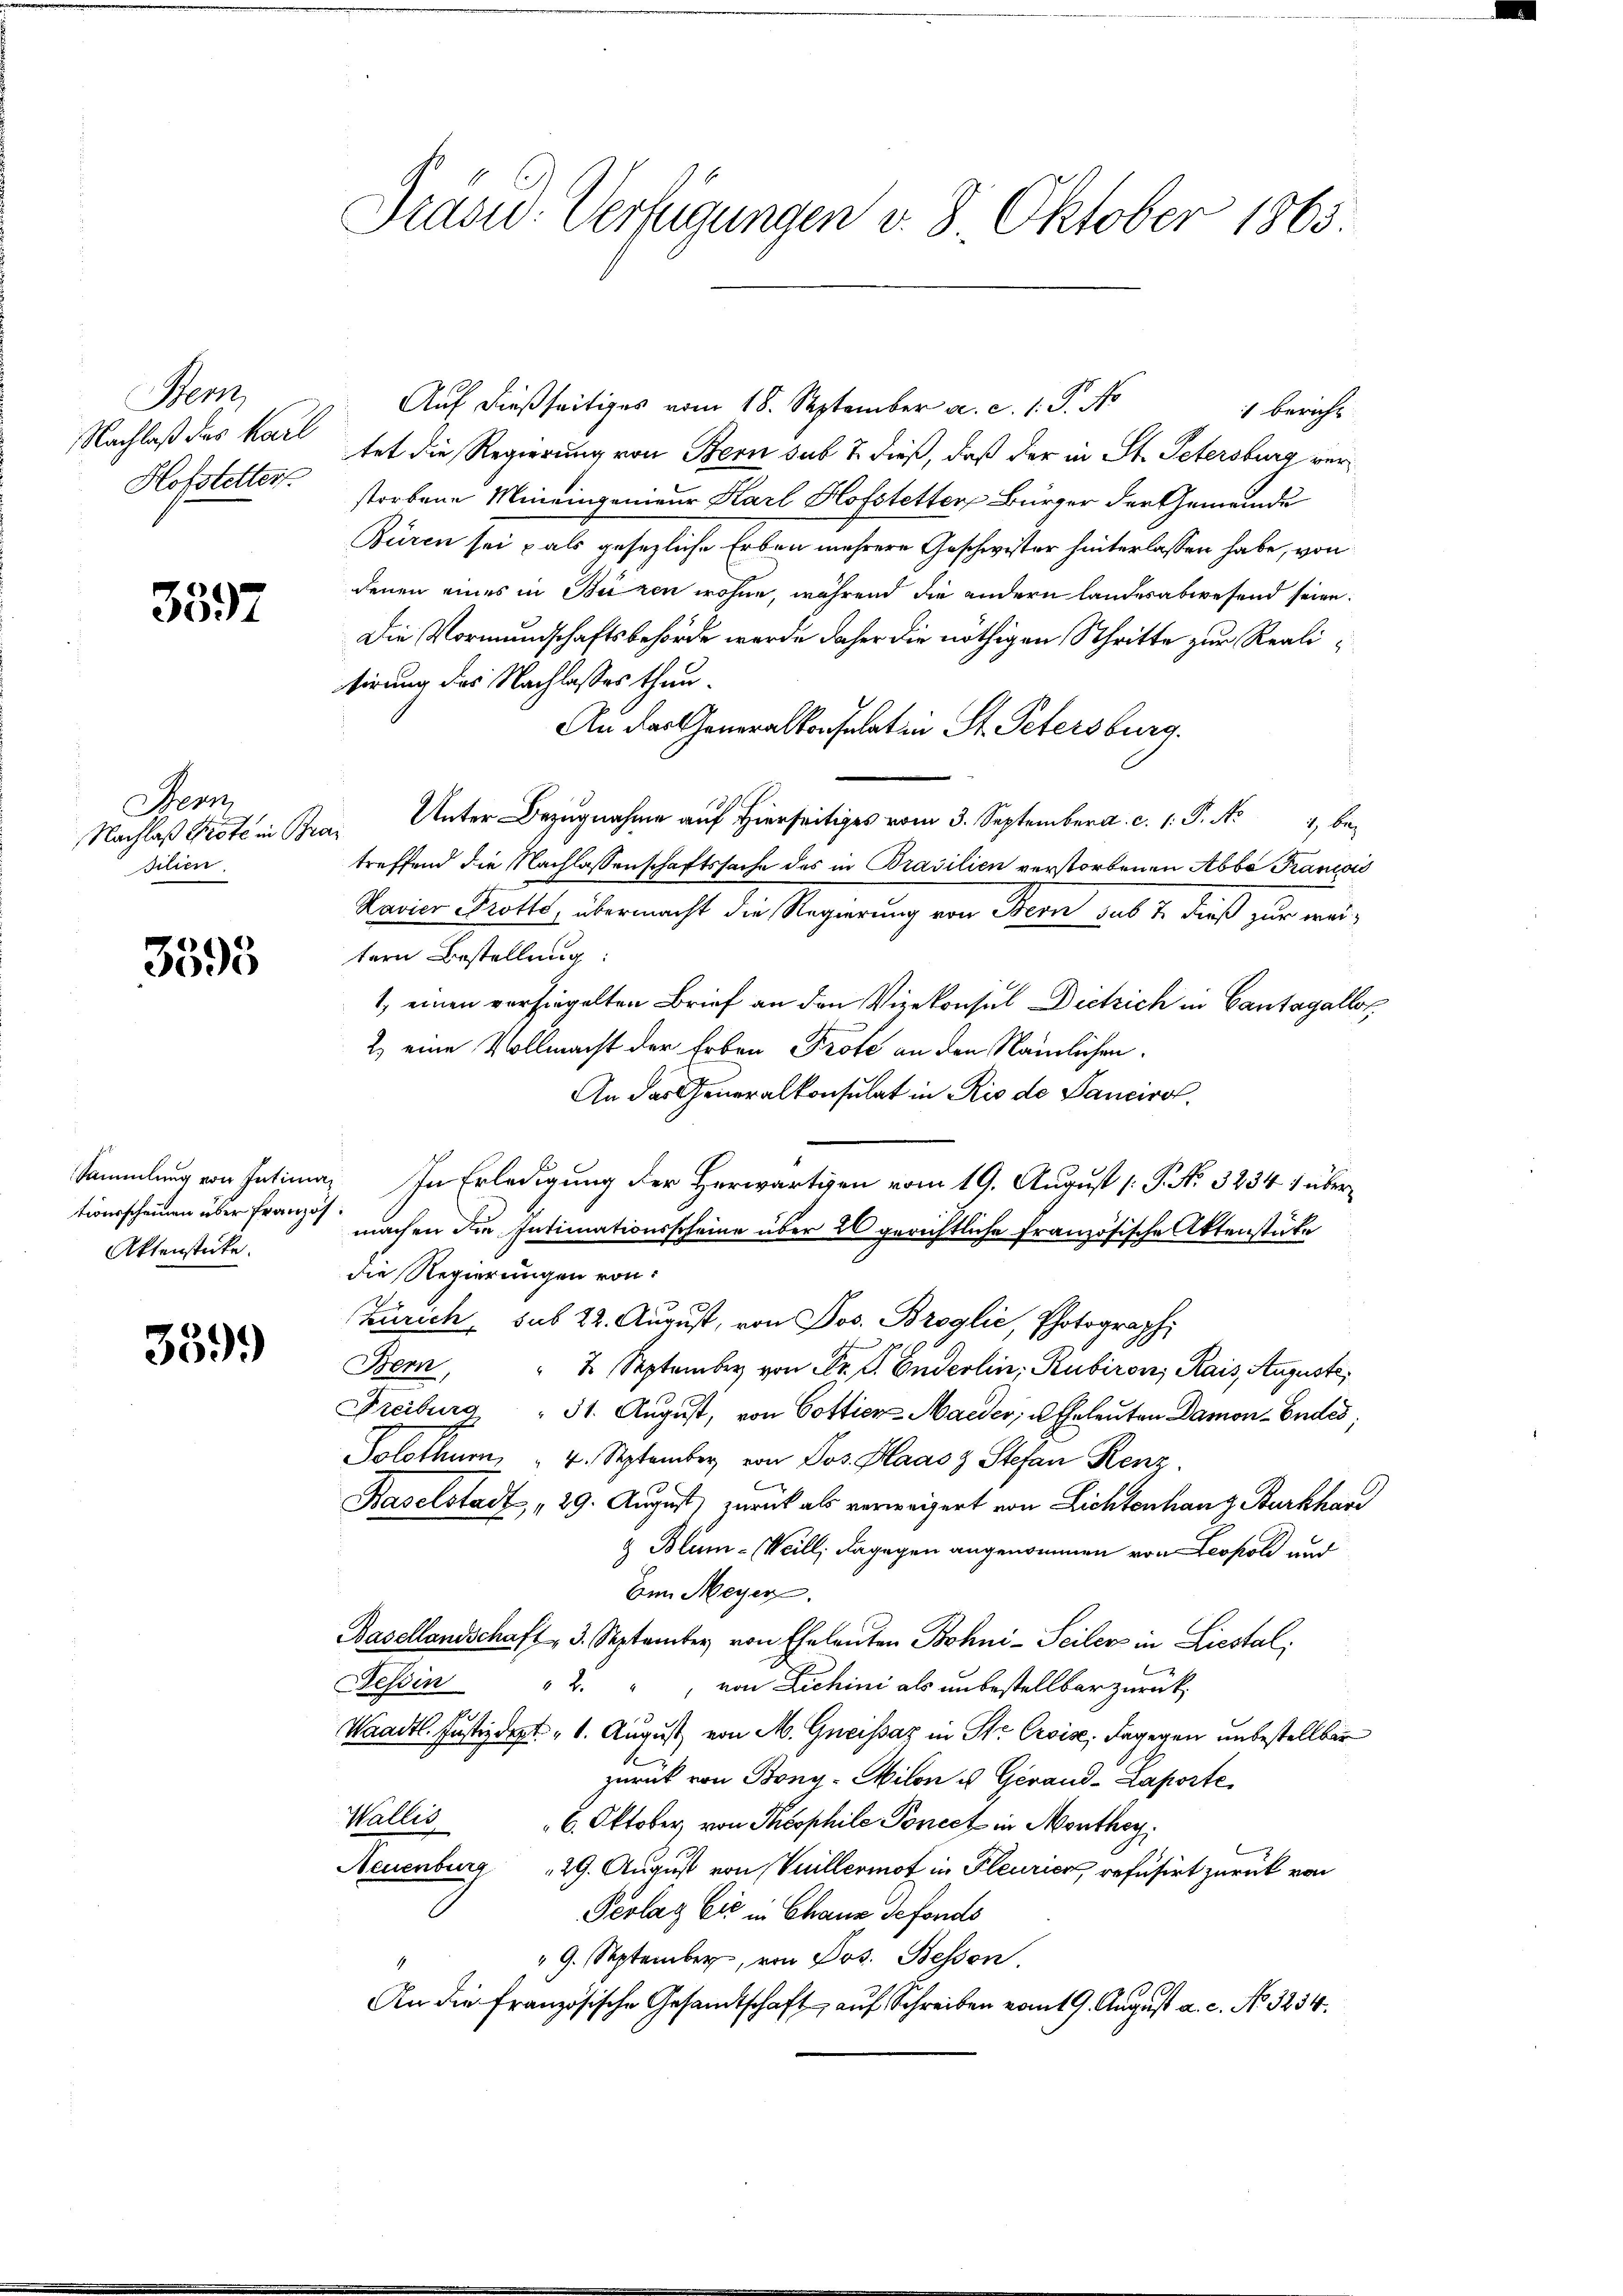
Men
Hofstetter.

3397

Bern,
Nachlaß Prote in Brasilien.

3593

Aktenstücke.

359.

Präsid. Verfügungen v. 8. Oktober 1865.

Auf dießseitiges vom 18. September a. c. 1. P. No
1 bericht
Nachlaß des Karl tat die Regierung von Bern sub 7. dieß, daß der in St. Petersburg verstorbene Mineingenieur Karl Hofstetter Bürger der Gemeinde
Büren sei als gesezliche Erben mehrere Geschwister hinterlassen habe, von
denen eines in Bieren wohne, während die andern landesabwesend seien.
Die Vormundschaftsbehörde werde daher die nöthigen Schritte zur Realisirung des Nachlasses thun.
An der Generalkonsulat in St. Petersburg.
Unter Bezugnahme auf hierseitiges vom 3. September a. c. 1. P. N. 1, betreffend die Nachlassenschaftssache des in Brasilien verstorbenen Abbe Francois
Kanior Krotte, übermacht die Regierung von Bern sub 2. dieß zur weitern Bestellung:
1, einen versiegelten Brief an den Vizekonsul Dietrich in Cantagellos
2) eine Vollmacht der Erben Prote an den Nämlichen.
An das Generalkonsulat in Rio de Pancirol.
Sammlung von Intima, In Erledigung der Herwärtigen vom 19. August [P. N. 3234 1 übertionsscheinen über Franzis machen die Intimationsscheine über 20 gerichtliche Französische Aktenstücke
die Regierungen von
Zürich, sub 22. August, von Jos. Broglić, Photograph
Bern, " 2 September von Dr. S. Enderlin, Rubiron, Kais, Augusti
Freiburg, " 51. August, von Cottier-Maeder, u. Eheleuten Damon - Endes,
Solothur 4. September von Jos. Plaasz Stefan Renz.
Baselstadt, " 29. August zurück als verweigert von Lichtenhauz Burkhard
& Blum - Weill; dagegen angenommen von Leopold und
Ein Meyer.
Basellandschaft 3. September von Eheleuten Bohni-Seilers in Liestal,
Tessin
" 2 " von Lichini als unbestellbar zurück,
u
Waadt. Justizdept. 1. August von M. Greissaz in St. Croise; dagegen unbestellbar
zurück von Bony- Milon u Gerand-Laporte
Wallis
6. Oktober von Phosphile Porect in Monthey
Neuenburg 29. August von Vuillermot in Pleurica refusirt zurück von
Peolay Cie in Chaus defonds
" 9. September, von Jos. Bessen.
An die französische Gesandtschaft auf Schreiben vom 19. August a. c. No. 3234.